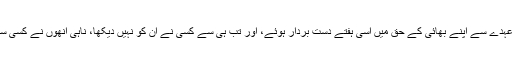
کاسترو صدارتی عہدے سے اپنے بھائی کے حق میں اِسی ہفتے دست بردار ہوئے، اور تب ہی سے کسی نے اُن کو نہیں دیکھا، ناہی اُنھوں نے کسی سے گفتگو کی ہے۔